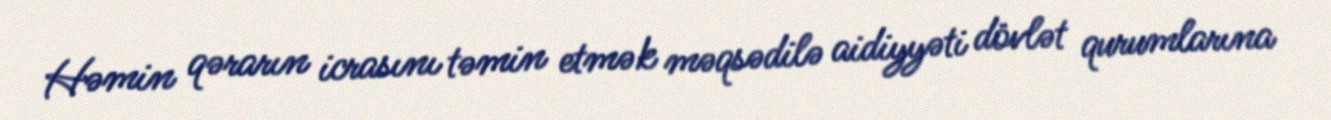
Həmin qərarın icrasını təmin etmək məqsədilə aidiyyəti dövlət qurumlarına